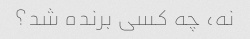
نه، چه کسی برنده شد؟